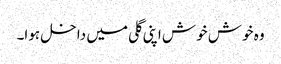
وہ خوش خوش اپنی گلی میں داخل ہوا۔